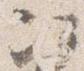
次